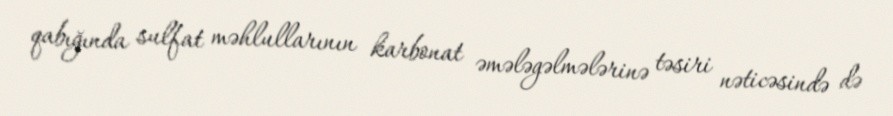
qabığında sulfat məhlullarının karbonat əmələgəlmələrinə təsiri nəticəsində də